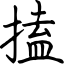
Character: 搕